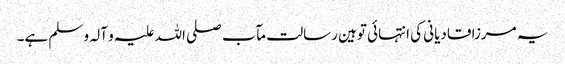
یہ مرزا قادیانی کی انتہائی توہین رسالت مآب صلی اللہ علیہ و آلہ و سلم ہے۔